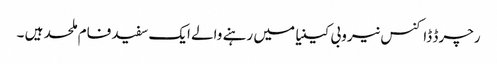
رچرڈ ڈاکنس نیروبی کینیا میں رہنے والے ایک سفید فام ملحد ہیں ۔